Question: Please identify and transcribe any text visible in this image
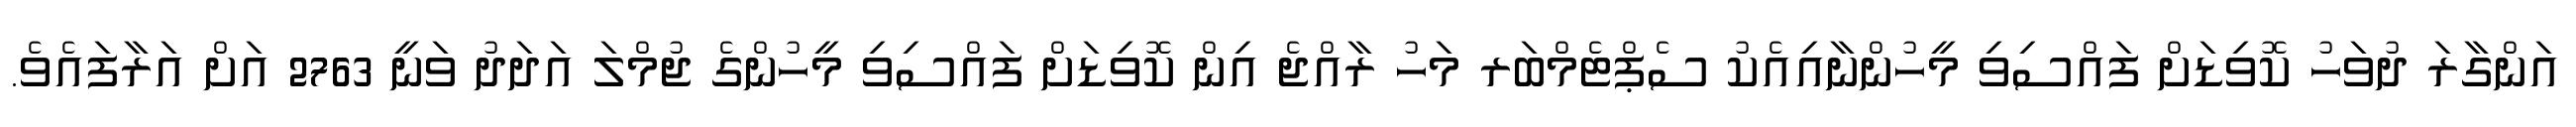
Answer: އަންގާރަ ދުވަހު ކޮވިޑަށް ފައްސިވި މީހުންނާއިއެކު ސެޕްޓެމްބަރ މަހު ރާއްޖެ އިން ކޮވިޑަށް ފައްސިވި މީހުންގެ ޖުމްލަ އަދަދު ވަނީ 2763 އަށް އަރާފައެވެ.